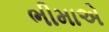
ભીમાએ